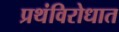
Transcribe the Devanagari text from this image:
प्रथंविरोधात